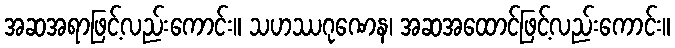
အဆအရာဖြင့်လည်းကောင်း။ သဟဿဂုဏေန၊ အဆအထောင်ဖြင့်လည်းကောင်း။